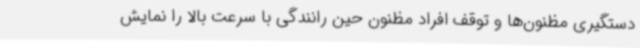
دستگیری مظنون‌ها و توقف افراد مظنون حین رانندگی با سرعت بالا را نمایش